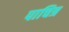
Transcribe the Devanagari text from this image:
पाचित्र